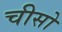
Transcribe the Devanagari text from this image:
चीसो